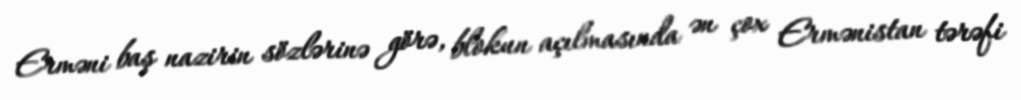
Erməni baş nazirin sözlərinə görə, blokun açılmasında ən çox Ermənistan tərəfi